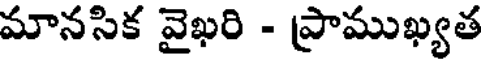
మానసిక వైఖరి - ప్రాముఖ్యత